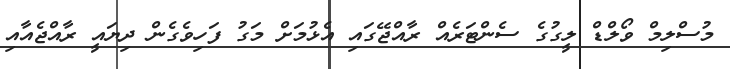
މުސްލިމް ވޯލްޑް ލީގުގެ ސެންޓަރެއް ރާއްޖޭގައި އެޅުމަށް މަގު ފަހިވެގެން ދިޔައީ ރާއްޖެއާއި